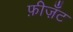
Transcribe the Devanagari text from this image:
फ़ीज़ॅंट